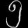
Digit: ၅